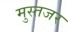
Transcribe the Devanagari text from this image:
मुस्तजर